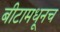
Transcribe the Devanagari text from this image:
बीटामधूनच